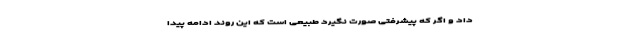
داد و اگر که پیشرفتی صورت نگیرد طبیعی است که این روند ادامه پیدا